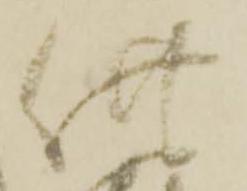
共